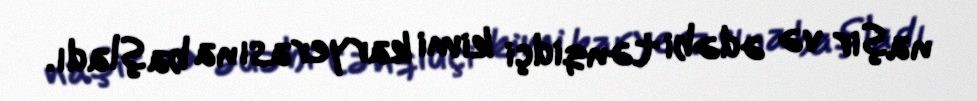
naşir və ədəbi tənqidçi kimi karyerasına başladı.